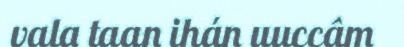
vala taan ihán uuccâm